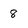
Character: 8